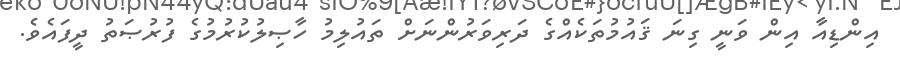
އިންޑިއާ އިން ވަނީ ގިނަ ޤައުމުތަކެއްގެ ދަރިވަރުންނަށް ތައުލިމު ހާޞިލުކުރުމުގެ ފުރުޞަތު ދީފައެވެ.